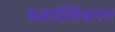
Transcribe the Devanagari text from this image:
क्रमादेशिकरण